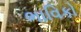
ભાવિકો